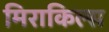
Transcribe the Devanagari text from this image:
मिराकिल्स